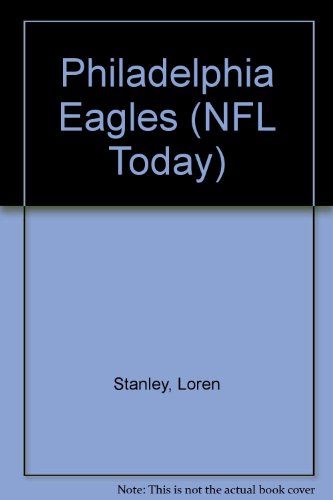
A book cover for Philadelphia Eagles (NFL Today); Loren Stanley; Teen & Young Adult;